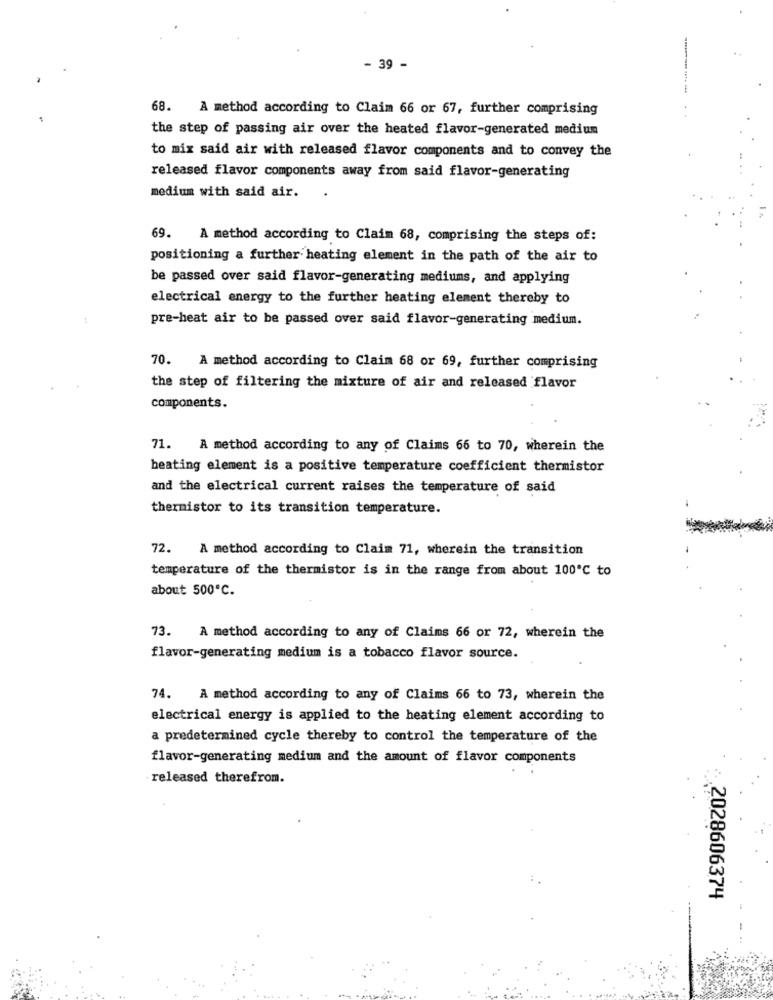
- 39 -
------
68. A method according to Claim 66 or 67, further comprising
the step of passing air over the heated flavor-generated medium
to mix said air with released flavor components and to convey the
released flavor components away from said flavor-generating
medium with said air.
69. A method according to Claim 68, comprising the steps of:
positioning a further heating element in the path of the air to
be passed over said flavor-generating mediums, and applying
electrical energy to the further heating element thereby to
pre-heat air to be passed over said flavor-generating medium.
70. A method according to Claim 68 or 69, further comprising
the step of filtering the mixture of air and released flavor
components.
71. A method according to any of Claims 66 to 70, wherein the
heating element is a positive temperature coefficient thermistor
and the electrical current raises the temperature of said
thermistor to its transition temperature.
72. A method according to Claim 71, wherein the transition
temperature of the thermistor is in the range from about 100℃ to
about 500℃.
73.
A method according to any of Claims 66 or 72, wherein the
flavor-generating medium is a tobacco flavor source.
74. A method according to any of Claims 66 to 73, wherein the
electrical energy is applied to the heating element according to
a predetermined cycle thereby to control the temperature of the
flavor-generating medium and the amount of flavor components
released therefrom.
2028606374